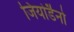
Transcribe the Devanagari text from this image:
जियोर्डैनो